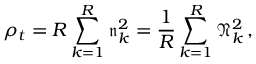
\rho _ { t } = R \sum _ { k = 1 } ^ { R } \mathfrak { n } _ { k } ^ { 2 } = \frac 1 R \sum _ { k = 1 } ^ { R } \mathfrak { N } _ { k } ^ { 2 } \, ,